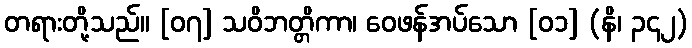
တရားတို့သည်။ [၀၇] သဝိဘတ္တိကာ၊ ဝေဖန်အပ်သော [၀၁] (နိ၊ ၃၄၂)